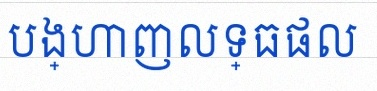
បង្ហាញលទ្ធផល